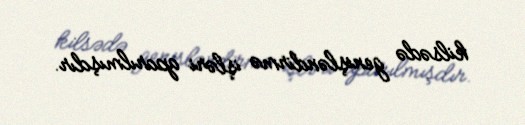
kilsədə genişləndirmə işləri aparılmışdır.